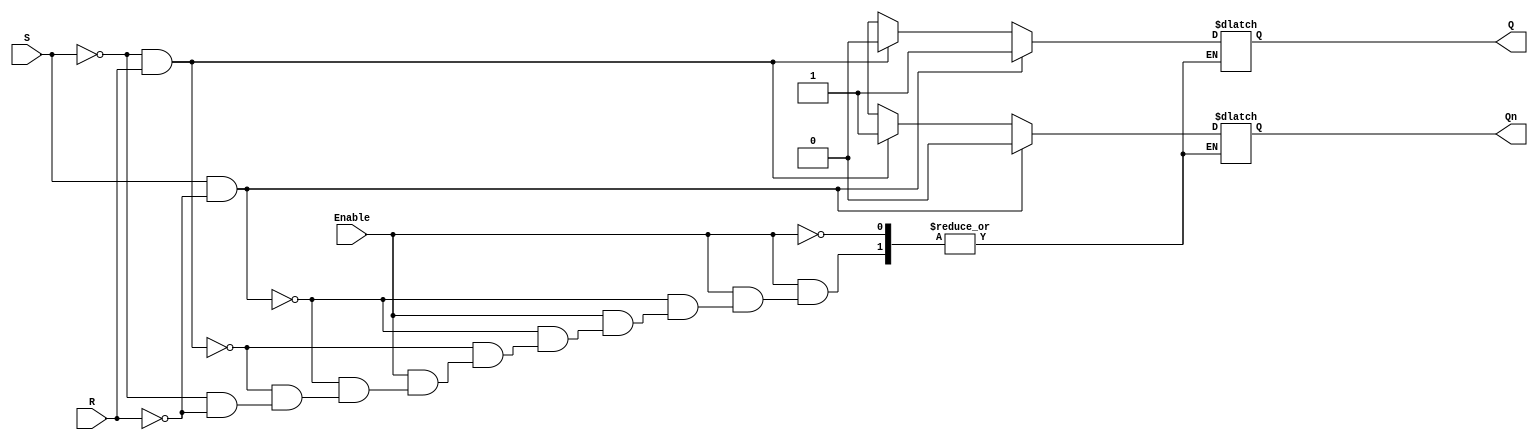
module gated_sr_latch (
    input wire S,      // Set input
    input wire R,      // Reset input
    input wire Enable, // Enable control signal
    output reg Q,      // Output Q
    output reg Qn      // Output Q' (complement of Q)
);

    // Always block triggered by changes in S, R, or Enable
    always @(*) begin
        if (Enable) begin
            if (S && ~R) begin
                Q = 1'b1;  // Set Q to 1
                Qn = 1'b0; // Q' becomes 0
            end else if (~S && R) begin
                Q = 1'b0;  // Reset Q to 0
                Qn = 1'b1; // Q' becomes 1
            end else if (~S && ~R) begin
                // Maintain previous state (no change)
                Q = Q;     // Hold current state
                Qn = Qn;   // Hold current state
            end else begin
                // S = 1 and R = 1 condition - indeterminate state
                // You may want to add a warning or a default behavior here
                Q = 1'bx;  // Undefined state
                Qn = 1'bx; // Undefined state
            end
        end else begin
            // When Enable is low, maintain the previous state
            Q = Q;   // Hold current state
            Qn = Qn; // Hold current state
        end
    end

endmodule